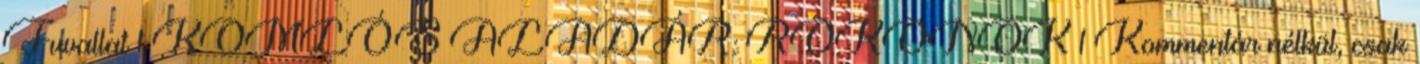
Fuvallat 1 KOMLÓS ALADÁR: ROKONOK 1 Kommentár nélkül, csak